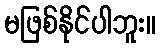
မဖြစ်နိုင်ပါဘူး။